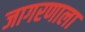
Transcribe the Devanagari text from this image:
जागरणाला